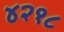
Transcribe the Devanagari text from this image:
४२१८